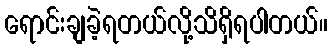
ရောင်းချခဲ့ရတယ်လို့သိရှိရပါတယ်။